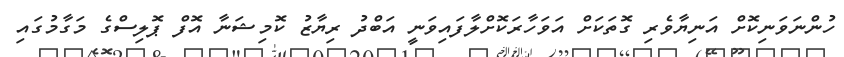
ހުންނަވަނިކޮށް އަނިޔާވެރި ގޮތަކަށް އަވަހާރަކޮށްލާފައިވަނީ އަބްދު ރިޔާޒު ކޮމިޝަނާ އޮފް ޕޮލިސްގެ މަގާމުގައި